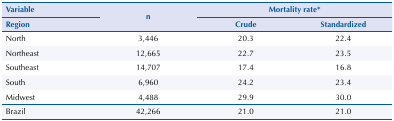
| Variable | <ROWSPAN=3> n | <COLSPAN=2> Mortality rate* |
 | Region | Crude | Standardized |
 | --- | --- | --- | --- |
 | North | 3,446 | 20.3 | 22.4 |
 | Northeast | 12,665 | 22.7 | 23.5 |
 | Southeast | 14,707 | 17.4 | 16.8 |
 | South | 6,960 | 24.2 | 23.4 |
 | Midwest | 4,488 | 29.9 | 30.0 |
 | Brazil | 42,266 | 21.0 | 21.0 |